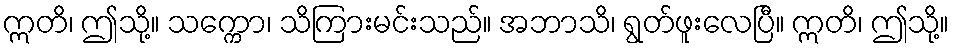
ဣတိ၊ ဤသို့။ သက္ကော၊ သိကြားမင်းသည်။ အဘာသိ၊ ရွတ်ဖူးလေပြီ။ ဣတိ၊ ဤသို့။